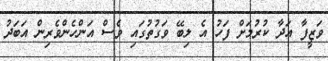
ވަޒީފާ އަދާ ކުރުމަށް ފަހު އެ ލިބޭ ވަގުތުގައި ވެސް އަންހެންވެރިން އަބަދު